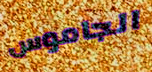
الجاموس